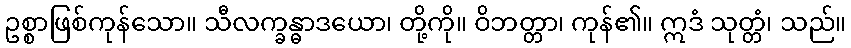
ဥစ္စာဖြစ်ကုန်သော။ သီလက္ခန္ဓာဒယော၊ တို့ကို။ ဝိဘတ္တာ၊ ကုန်၏။ ဣဒံ သုတ္တံ၊ သည်။